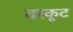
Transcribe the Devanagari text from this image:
दरकूट